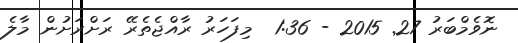
ނޮވެމްބަރު 27